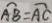
\widehat { A B } = \widehat { A C }